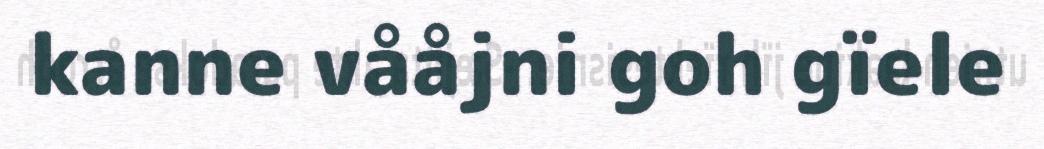
kanne vååjni goh gïele